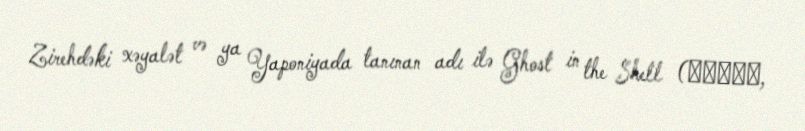
Zirehdəki xəyalət və ya Yaponiyada tanınan adı ilə Ghost in the Shell (攻殻機動隊,